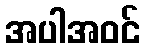
အပါအဝင်